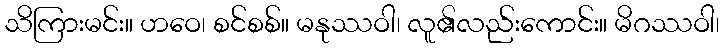
သိကြားမင်း။ ဟဝေ၊ စင်စစ်။ မနုဿဝါ၊ လူ၏လည်းကောင်း။ မိဂဿဝါ၊